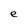
Character: e